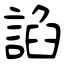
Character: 諂